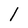
Character: l